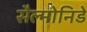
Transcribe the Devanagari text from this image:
सैल्मोनिडे